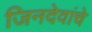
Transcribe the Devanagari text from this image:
जिनदेवांचे